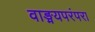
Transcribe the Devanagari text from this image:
वाङ्मयपरंपरा